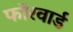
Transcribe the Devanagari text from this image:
फॉरवार्ड